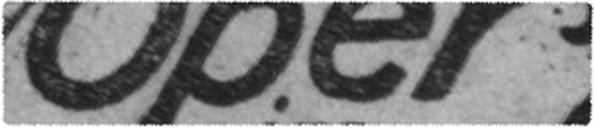
Oper